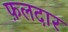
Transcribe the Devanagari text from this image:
फ़लदार